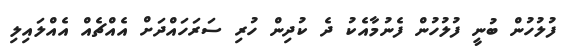
ފުލުހުން ބުނީ ފުލުހުން ފެނުމާއެކު ދެ ކުދިން ހުރި ސަރަހައްދަށް އެއްޗެއް އެއްލައިލި